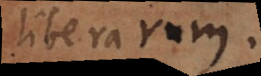
liberarum.